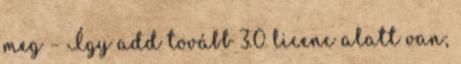
meg – Így add tovább 3.0 licenc alatt van;